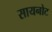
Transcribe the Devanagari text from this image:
सायनोट